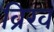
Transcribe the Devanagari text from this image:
व्रिख